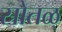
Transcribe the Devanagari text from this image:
स्रोतळ्